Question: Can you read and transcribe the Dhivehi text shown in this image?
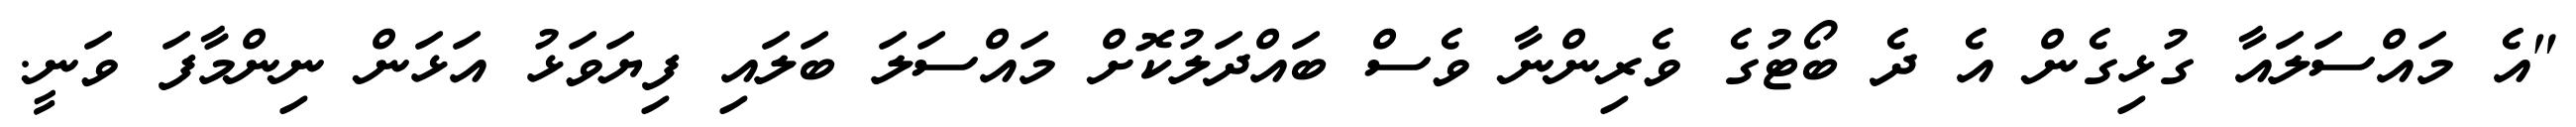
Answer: "އެ މައްސަލައާ ގުޅިގެން އެ ދެ ބޯޓުގެ ވެރިންނާ ވެސް ބައްދަލުކޮށް މައްސަލަ ބަލައި ފިޔަވަޅު އަޅަން ނިންމާފަ ވަނީ.